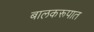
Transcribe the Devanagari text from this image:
बालकरूपात